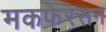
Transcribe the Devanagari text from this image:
मकफेरसन